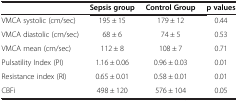
<table><thead><tr><td><b> </b></td><td><b>Sepsis group</b></td><td><b>Control Group</b></td><td><b>p values</b></td></tr></thead><tbody><tr><td>VMCA systolic (cm/sec)</td><td>195 ± 15</td><td>179 ± 12</td><td>0.44</td></tr><tr><td>VMCA diastolic (cm/sec)</td><td>68 ± 6</td><td>74 ± 5</td><td>0.53</td></tr><tr><td>VMCA mean (cm/sec)</td><td>112 ± 8</td><td>108 ± 7</td><td>0.71</td></tr><tr><td>Pulsatility Index (PI)</td><td>1.16 ± 0.06</td><td>0.96 ± 0.03</td><td>0.01</td></tr><tr><td>Resistance index (RI)</td><td>0.65 ± 0.01</td><td>0.58 ± 0.01</td><td>0.01</td></tr><tr><td>CBFi</td><td>498 ± 120</td><td>576 ± 104</td><td>0.05</td></tr></tbody></table>